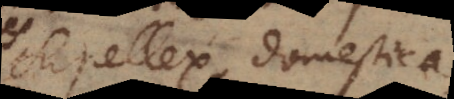
supellex domestica,